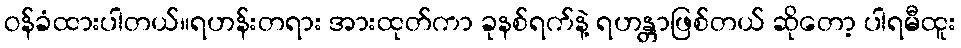
ဝန်ခံထားပါတယ်။ရဟန်းတရား အားထုတ်ကာ ခုနစ်ရက်နဲ့ ရဟန္တာဖြစ်တယ် ဆိုတော့ ပါရမီထူး